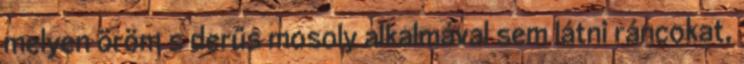
melyen öröm s derűs mosoly alkalmával sem látni ráncokat,